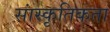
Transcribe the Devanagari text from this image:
सांस्कृतिकता